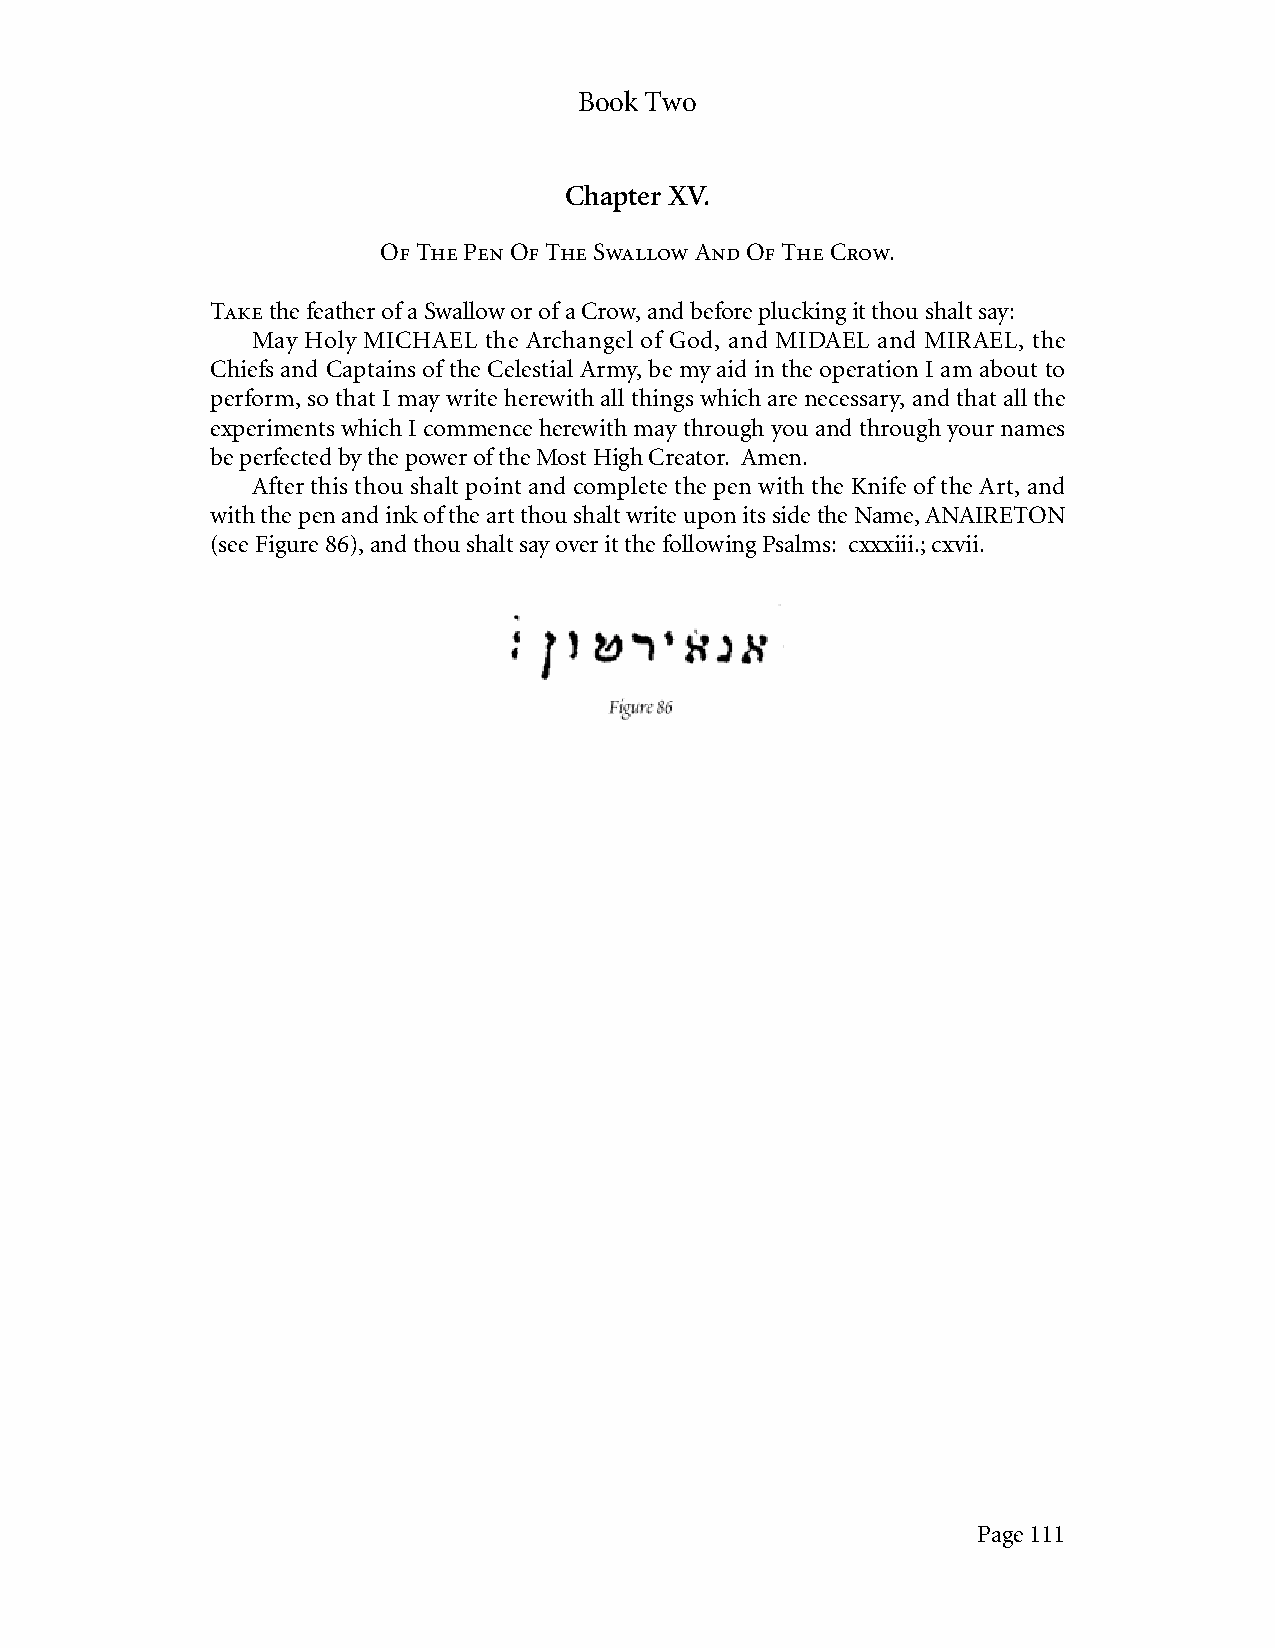
Book Two
 Chapter XV.
 Of The Pen Of The Swallow And Of The Crow.
 Take the feather of a Swallow or of a Crow, and before plucking it thou shalt say:
 May Holy MICHAEL the Archangel of God, and MIDAEL and MIRAEL, the
 Chiefs and Captains of the Celestial Army, be my aid in the operation I am about to
 perform, so that I may write herewith all things which are necessary, and that all the
 experiments which I commence herewith may through you and through your names
 be perfected by the power of the Most High Creator. Amen.
 After this thou shalt point and complete the pen with the Knife of the Art, and
 with the pen and ink of the art thou shalt write upon its side the Name, ANAIRETON
 (see Figure 86), and thou shalt say over it the following Psalms: cxxxiii.; cxvii.
 Page 111